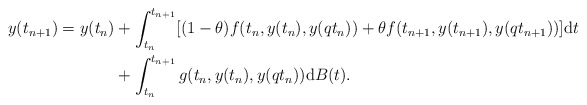
\begin{align*} y(t_{n+1})=y(t_n)&+\int_{t_n}^{t_{n+1}}[(1-\theta)f(t_n,y(t_n),y(qt_n))+\theta f(t_{n+1},y(t_{n+1}),y(qt_{n+1}))]{\rm d}t \\&+\int_{t_n}^{t_{n+1}}g(t_n,y(t_n),y(qt_n)){\rm d}B(t).\end{align*}